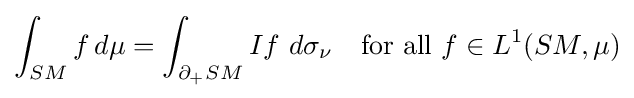
\int _{SM}f\,d\mu =\int _{\partial _{+}SM}If~d\sigma _{\nu }\quad {\text{for all }}f\in L^{1}(SM,\mu )